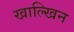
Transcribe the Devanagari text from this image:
खाल्खिन